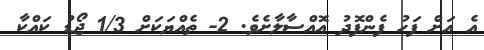
އެ އަށް ފަހު ފެންފޮދު އޮއްސާލާށެވެ. 2- ތެއްޔަކަށް 1/3 ޖޯޑު ކައްކާ